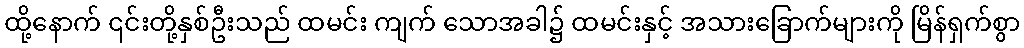
ထို့နောက် ၎င်းတို့နှစ်ဦးသည် ထမင်း ကျက် သောအခါ၌ ထမင်းနှင့် အသားခြောက်များကို မြိန်ရှက်စွာ